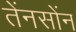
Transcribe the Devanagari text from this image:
तेंनसोंन